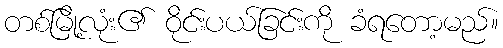
တစ်မြို့လုံး၏ ဝိုင်းပယ်ခြင်းကို ခံရတော့မည်။